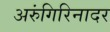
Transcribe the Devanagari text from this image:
अरुंगिरिनादर